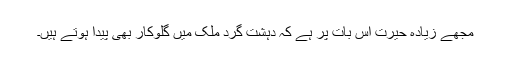
مجھے زیادہ حیرت اس بات پر ہے کہ دہشت گرد ملک میں گلوکار بھی پیدا ہوتے ہیں۔